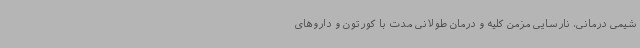
شیمی درمانی، نارسایی مزمن کلیه و درمان طولانی مدت با کورتون و داروهای